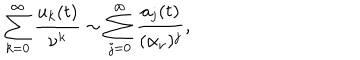
LaTeX: \sum _ { k = 0 } ^ { \infty } { \frac { u _ { k } ( t ) } { \nu ^ { k } } } \sim \sum _ { j = 0 } ^ { \infty } { \frac { a _ { j } ( t ) } { ( \alpha _ { \nu } ) ^ { j } } } ,